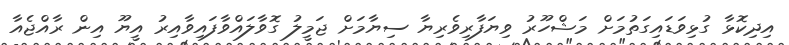
އިދިކޮޅާ ގުޅިވަޑައިގަތުމަށް މަޝްހޫރު ވިޔަފާރިވެރިޔާ ސިޔާމަށް ޖަމީލު ގޮވާލައްވާފައިވާއިރު އީޔޫ އިން ރާއްޖެއާ